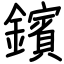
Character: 鑌